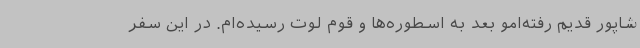
شاپور قدیم رفته‌امو بعد به اسطوره‌ها و قوم لوت رسیده‌ام. در این سفر